Indian journal of veterinary science and animal husbandry - Volumes 22-23, 1952-1953
Year: 1952
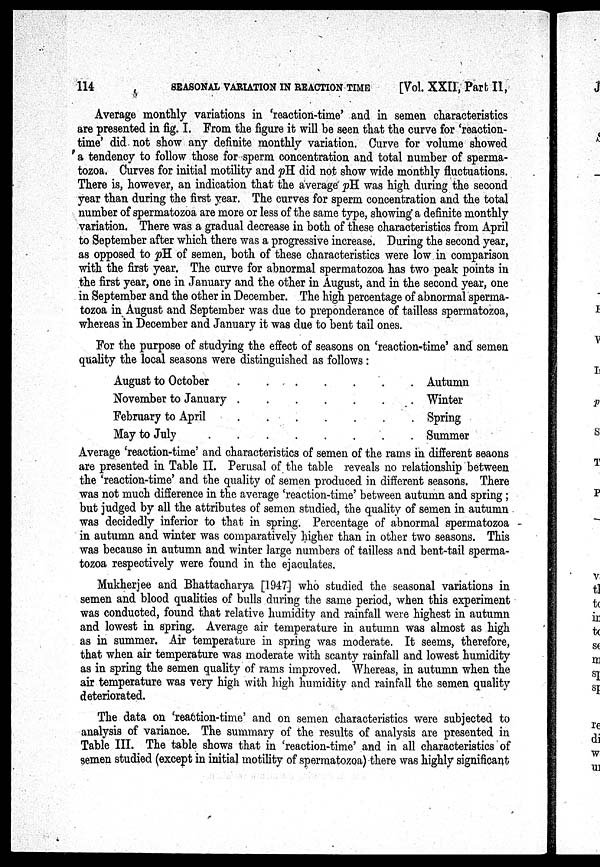
114
SEASONAL VARIATION IN REACTION TIME
[Vol. XXII, Part II,
Average monthly variations in 'reaction-time' and in semen characteristics
are presented in fig. I. From the figure it will be seen that the curve for 'reaction-
time' did not show any definite monthly variation. Curve for volume showed
a tendency to follow those for sperm concentration and total number of sperma-
tozoa. Curves for initial motility and pH did not show wide monthly fluctuations.
There is, however, an indication that the average pH was high during the second
year than during the first year. The curves for sperm concentration and the total
number of spermatozoa are more or less of the same type, showing a definite monthly
variation. There was a gradual decrease in both of these characteristics from April
to September after which there was a progressive increase. During the second year,
as opposed to pH of semen, both of these characteristics were low in comparison
with the first year. The curve for abnormal spermatozoa has two peak points in
the first year, one in January and the other in August, and in the second year, one
in September and the other in December. The high percentage of abnormal sperma-
tozoa in August and September was due to preponderance of tailless spermatozoa,
whereas in December and January it was due to bent tail ones.
For the purpose of studying the effect of seasons on 'reaction-time' and semen
quality the local seasons were distinguished as follows :
August to October
November to January
February to April
May to July
Autumn
Winter
Spring
Summer
Average 'reaction-time' and characteristics of semen of the rams in different seaons
are presented in Table II. Perusal of the table reveals no relationship between
the 'reaction-time' and the quality of semen produced in different seasons. There
was not much difference in the average 'reaction-time' between autumn and spring;
but judged by all the attributes of semen studied, the quality of semen in autumn
was decidedly inferior to that in spring. Percentage of abnormal spermatozoa
in autumn and winter was comparatively higher than in other two seasons. This
was because in autumn and winter large numbers of tailless and bent-tail sperma-
tozoa respectively were found in the ejaculates.
Mukherjee and Bhattacharya [1947] who studied the seasonal variations in
semen and blood qualities of bulls during the same period, when this experiment
was conducted, found that relative humidity and rainfall were highest in autumn
and lowest in spring. Average air temperature in autumn was almost as high
as in summer. Air temperature in spring was moderate. It seems, therefore,
that when air temperature was moderate with scanty rainfall and lowest humidity
as in spring the semen quality of rams improved. Whereas, in autumn when the
air temperature was very high with high humidity and rainfall the semen quality
deteriorated.
The data on 'reaction-time' and on semen characteristics were subjected to
analysis of variance. The summary of the results of analysis are presented in
Table III. The table shows that in 'reaction-time' and in all characteristics of
semen studied (except in initial motility of spermatozoa) there was highly significant